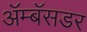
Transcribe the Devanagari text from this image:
ॲम्बॅसडर